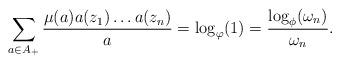
LaTeX: \begin{align*}\sum\limits_{a\in A_{+}}\frac{\mu(a)a(z_1)\dots a(z_n)}{a}=\log_{\varphi}(1)=\frac{\log_{\phi}(\omega_n)}{\omega_n}.\end{align*}